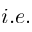
i . e .